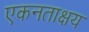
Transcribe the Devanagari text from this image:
एकनताक्षय